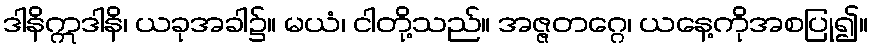
ဒါနိဣဒါနိ၊ ယခုအခါ၌။ မယံ၊ ငါတို့သည်။ အဇ္ဇတဂ္ဂေ၊ ယနေ့ကိုအစပြု၍။